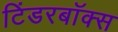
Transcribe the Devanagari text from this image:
टिंडरबॉक्स